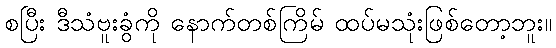
စပြီး ဒီသံဗူးခွံကို နောက်တစ်ကြိမ် ထပ်မသုံးဖြစ်တော့ဘူး။